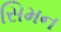
સિમન